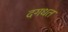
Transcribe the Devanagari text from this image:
दगधत